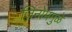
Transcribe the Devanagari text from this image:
जिनोममुळे